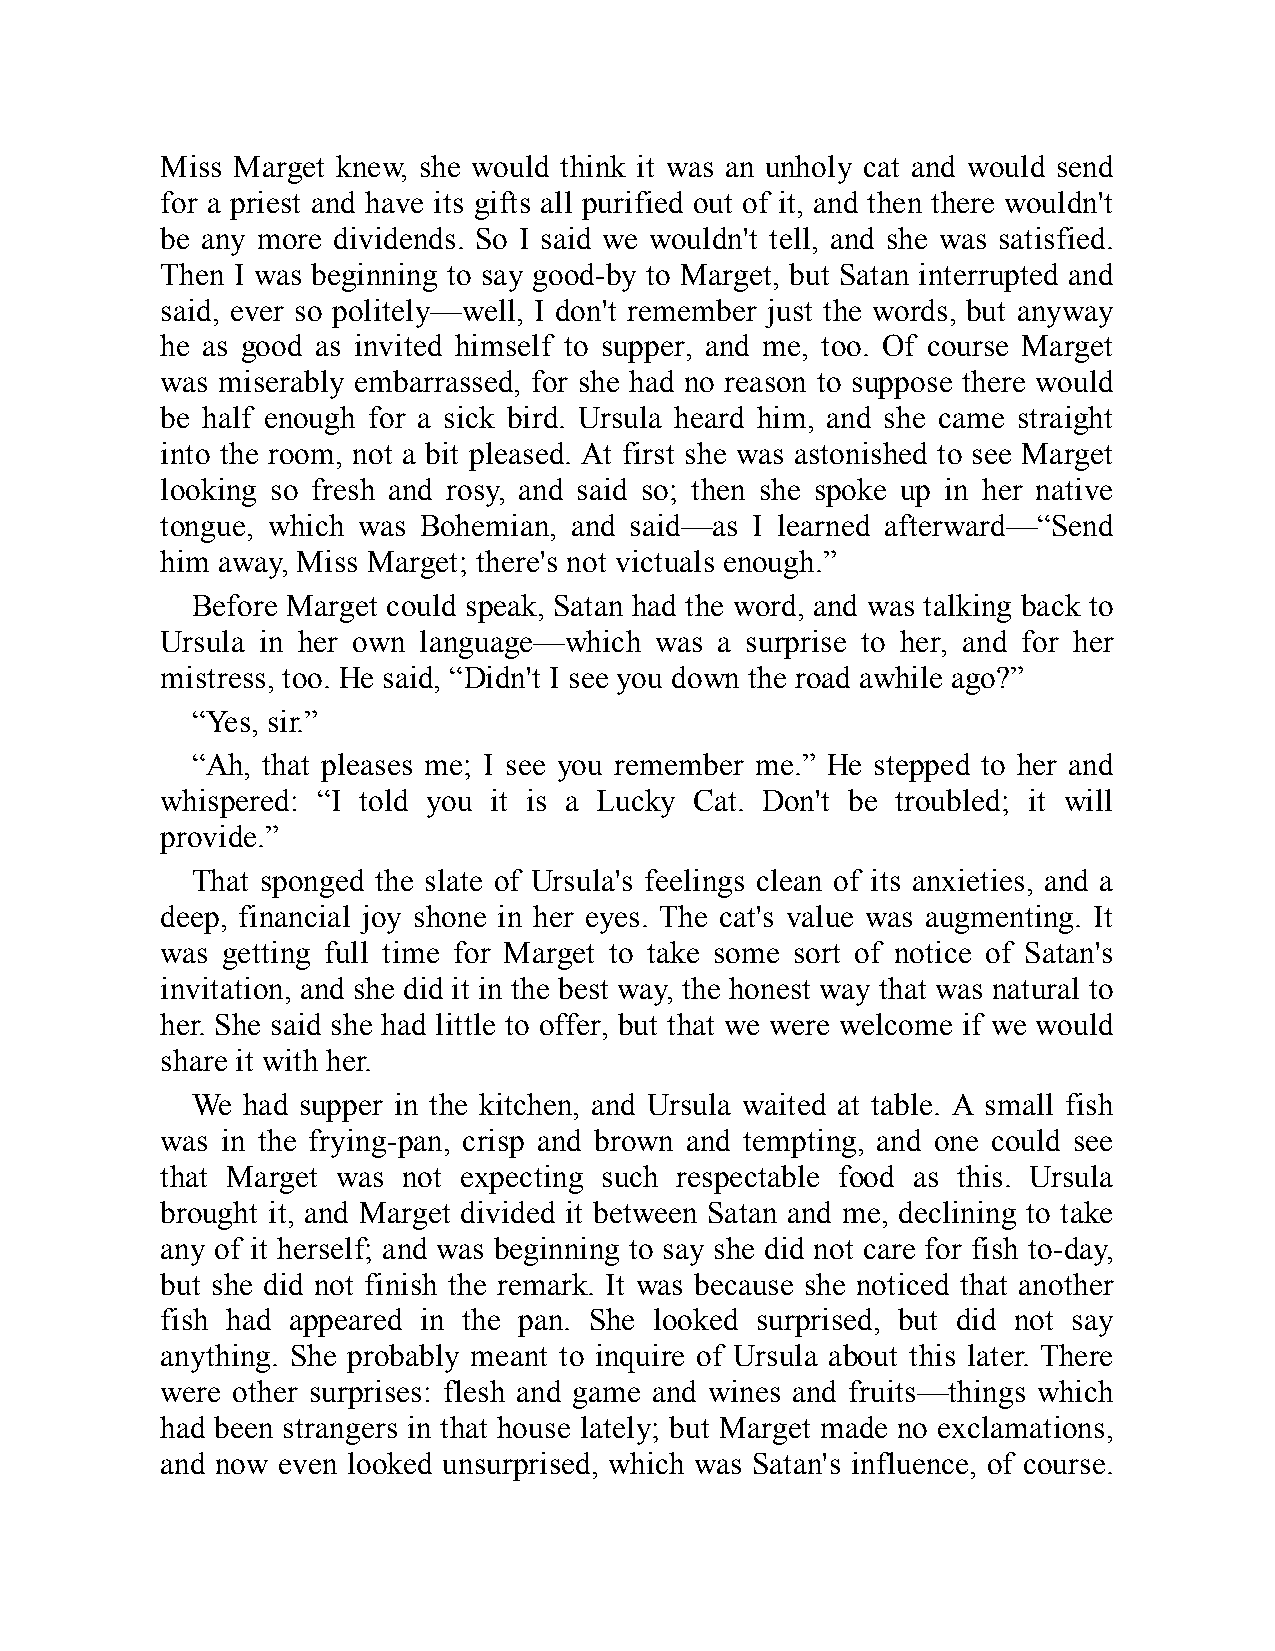
Miss Marget knew, she would think it was an unholy cat and would send
 for a priest and have its gifts all purified out of it, and then there wouldn't
 be any more dividends. So I said we wouldn't tell, and she was satisfied.
 Then I was beginning to say good-by to Marget, but Satan interrupted and
 said, ever so politely—well, I don't remember just the words, but anyway
 he as good as invited himself to supper, and me, too. Of course Marget
 was miserably embarrassed, for she had no reason to suppose there would
 be half enough for a sick bird. Ursula heard him, and she came straight
 into the room, not a bit pleased. At first she was astonished to see Marget
 looking so fresh and rosy, and said so; then she spoke up in her native
 tongue, which was Bohemian, and said—as I learned afterward—“Send
 him away, Miss Marget; there's not victuals enough.”
 Before Marget could speak, Satan had the word, and was talking back to
 Ursula in her own language—which was a surprise to her, and for her
 mistress, too. He said, “Didn't I see you down the road awhile ago?”
 “Yes, sir.”
 “Ah, that pleases me; I see you remember me.” He stepped to her and
 whispered: “I told you it is a Lucky Cat. Don't be troubled; it will
 provide.”
 That sponged the slate of Ursula's feelings clean of its anxieties, and a
 deep, financial joy shone in her eyes. The cat's value was augmenting. It
 was getting full time for Marget to take some sort of notice of Satan's
 invitation, and she did it in the best way, the honest way that was natural to
 her. She said she had little to offer, but that we were welcome if we would
 share it with her.
 We had supper in the kitchen, and Ursula waited at table. A small fish
 was in the frying-pan, crisp and brown and tempting, and one could see
 that Marget was not expecting such respectable food as this. Ursula
 brought it, and Marget divided it between Satan and me, declining to take
 any of it herself; and was beginning to say she did not care for fish to-day,
 but she did not finish the remark. It was because she noticed that another
 fish had appeared in the pan. She looked surprised, but did not say
 anything. She probably meant to inquire of Ursula about this later. There
 were other surprises: flesh and game and wines and fruits—things which
 had been strangers in that house lately; but Marget made no exclamations,
 and now even looked unsurprised, which was Satan's influence, of course.